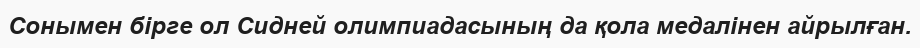
Сонымен бірге ол Сидней олимпиадасының да қола медалінен айрылған.